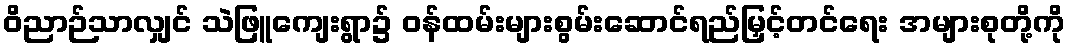
ဝိညာဉ်သာလျှင် သဲဖြူကျေးရွာ၌ ဝန်ထမ်းများစွမ်းဆောင်ရည်မြှင့်တင်ရေး အများစုတို့ကို